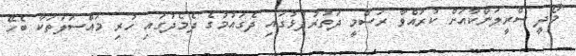
މޯދީ ސްރީލަންކާއަށް ކުރައްވާ ރަސްމީ ދަތުރުފުޅުގައި ދެގައުމުގެ ދެމެދުގައި ހުރި މައްސަލަތަކާ ބެހޭ